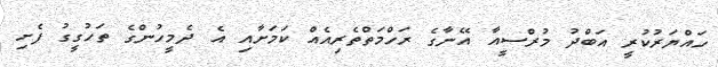
ހައްޔަރުކުރީ އަބްދު މުރްސީއާ އޭނާގެ ރަހްމަތްތެރިއެއް ކަމަށާއި އެ ދެމީހުންގެ ތަހުގީގު ފެށި